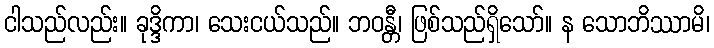
ငါသည်လည်း။ ခုဒ္ဒိကာ၊ သေးငယ်သည်။ ဘဝန္တီ၊ ဖြစ်သည်ရှိသော်။ န သောဘိဿာမိ၊